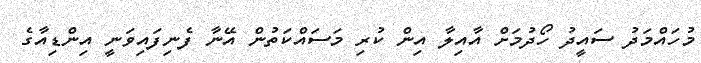
މުހައްމަދު ސައީދު ހޯދުމަށް އާއިލާ އިން ކުރި މަސައްކަތުން އޭނާ ފެނިފައިވަނީ އިންޑިއާގެ